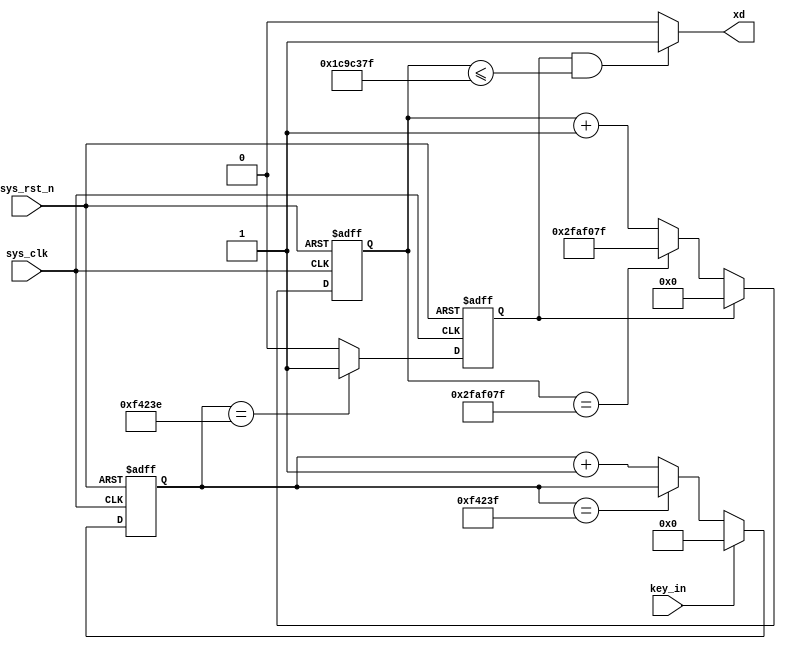
module XD 
#(
   parameter CNT_MAX = 24'd999_999
)
(
    input  wire sys_clk,
    input  wire sys_rst_n,
    input  wire key_in,
    output wire xd
);
reg key_flag;
reg [24:0] cnt_1;
reg [32:0] cnt_2;
always@(posedge sys_clk or negedge sys_rst_n)
begin
      if(!sys_rst_n)
         begin
              cnt_1 <= 24'd0;
         end
      else if(key_in == 1'd1)
         begin
              cnt_1 <= 24'd0;              
         end
      else if(cnt_1 == CNT_MAX)
         begin
              cnt_1 <= cnt_1;
         end
      else
         begin
              cnt_1 <= cnt_1 + 1'd1;
         end
end
always@(posedge sys_clk or negedge sys_rst_n)
begin
       if(!sys_rst_n)
          begin
              key_flag <= 1'd0;
          end
        else if(cnt_1 == CNT_MAX - 24'd1 )
           begin
               key_flag <= 1'd1;
           end
        else
           begin
               key_flag <= 1'd0;               
           end
end
always@(posedge sys_clk or negedge sys_rst_n)
begin
      if(!sys_rst_n)
         begin
               cnt_2 = 32'd49_999_999;
         end
      else if(key_flag == 1'd1)
         begin
               cnt_2 <= 32'd0;
         end
      else if(cnt_2 == 32'd49_999_999)
         begin
               cnt_2 <= 32'd49_999_999;
         end
      else 
         begin
               cnt_2 <= cnt_2 + 1'd1;
         end
end

       assign xd = (key_flag == 1'd1 && cnt_2 <= 32'd29_999_999) ?  1 : 0;

endmodule